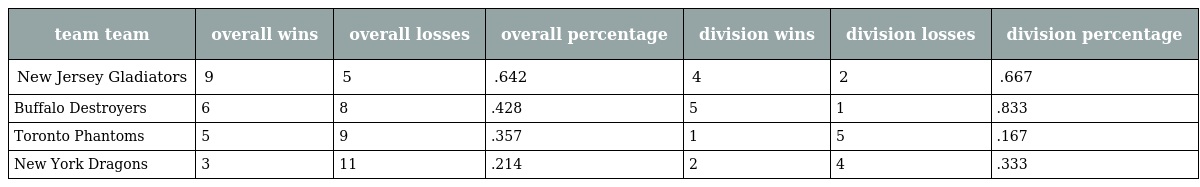
| team team | overall wins | overall losses | overall percentage | division wins | division losses | division percentage |
 | --- | --- | --- | --- | --- | --- | --- |
 | New Jersey Gladiators | 9 | 5 | .642 | 4 | 2 | .667 |
 | Buffalo Destroyers | 6 | 8 | .428 | 5 | 1 | .833 |
 | Toronto Phantoms | 5 | 9 | .357 | 1 | 5 | .167 |
 | New York Dragons | 3 | 11 | .214 | 2 | 4 | .333 |